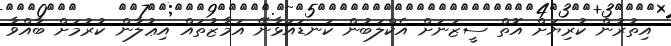
އިތުރުން ކުރިޔަށް އޮތް ސީޒަނަށް އެކްލަބުން ކަނޑައަޅާނޭ އަމާޒުތައް އިޢުލާން ކުރުމަށް ބާއްވާ